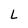
Character: L